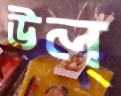
উল্